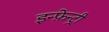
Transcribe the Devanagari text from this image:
इन्फ़ेन्ट्री